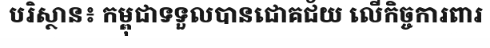
បរិស្ថាន៖ កម្ពុជាទទួលបានជោគជ័យ លើកិច្ចការពារ